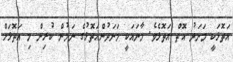
އަތޮޅަކީ މަނަދު އޮތް އަތޮޅެވެ. މާނައަކީ މަނަދުންއަތޮޅުގެ ނަމުން ކުރިން މި އަތޮޅަށް